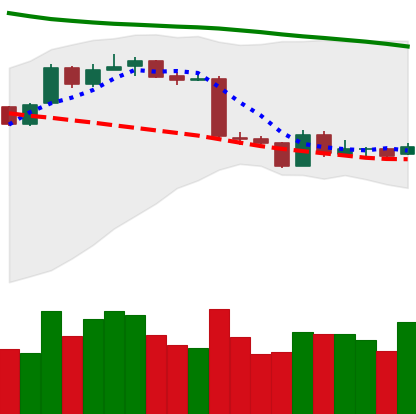
Ticker: ETH-USD
Chart end date: 2019-01-19
Forward return: -5.747%
Label: down_5_7